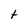
Character: t